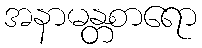
အနာမန္တစာရော